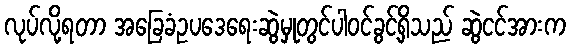
လုပ်လို့ရတာ အခြေခံဥပဒေရေးဆွဲမှုတွင်ပါဝင်ခွင့်ရှိသည် ဆွဲငင်အားက